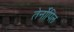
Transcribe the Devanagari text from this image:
तेर्नोपिल